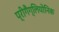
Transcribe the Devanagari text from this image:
प्रीगैंग्लियोनिक